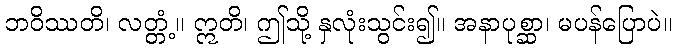
ဘဝိဿတိ၊ လတ္တံ့။ ဣတိ၊ ဤသို့ နှလုံးသွင်း၍။ အနာပုစ္ဆာ၊ မပန်ပြောပဲ။